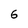
Character: 6